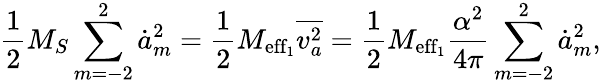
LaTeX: \frac 12{M_{S}}\sum_{m=-2}^{2}\dot{a}_{m}^{2}=\frac 12M_{\mathrm{eff_{1}}}\overline{{v_{a}^{2}}}=\frac 12M_{\mathrm{eff_{1}}}\frac{\alpha^{2}}{4\pi}\sum_{m=-2}^{2}\dot{a}_{m}^{2},